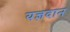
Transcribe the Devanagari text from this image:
यज्ञदान